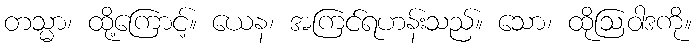
တသ္မာ၊ ထို့ကြောင့်။ ယေန၊ အကြင်ရဟန်းသည်။ သော၊ ထိုဩဝါဒကို။